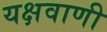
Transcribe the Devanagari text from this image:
यक्षवाणी